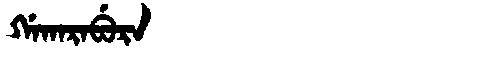
Manchu: ᡤᠠᡴᠠᡵᠠᠪᡠᡵᠠ
Romanization: GAKARABURA